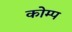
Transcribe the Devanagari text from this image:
कोम्प